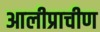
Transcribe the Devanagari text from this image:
आलीप्राचीण